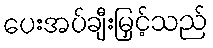
ပေးအပ်ချီးမြှင့်သည်